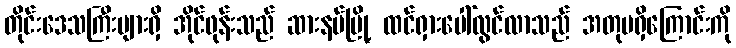
တိုင်းဒေသကြီးများရှိ အိုင်ဖုန်းသည် ဆားနပ်မြို့ ထင်ရှားပေါ်လွင်လာသည် အတုမရှိကြောင်းကို